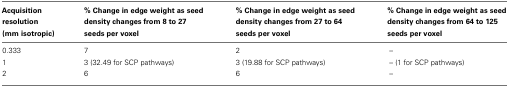
| Acquisition resolution (mm isotropic) | % Change in edge weight as seed density changes from 8 to 27 seeds per voxel | % Change in edge weight as seed density changes from 27 to 64 seeds per voxel | % Change in edge weight as seed density changes from 64 to 125 seeds per voxel |
 | --- | --- | --- | --- |
 | 0.333 | 7 | 2 | – |
 | 1 | 3 (32.49 for SCP pathways) | 3 (19.88 for SCP pathways) | – (1 for SCP pathways) |
 | 2 | 6 | 6 | – |